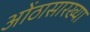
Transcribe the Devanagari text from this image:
ओंठासारख्या